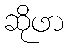
ဆိုဖာ